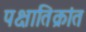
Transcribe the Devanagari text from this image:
पक्षातिक्रांत